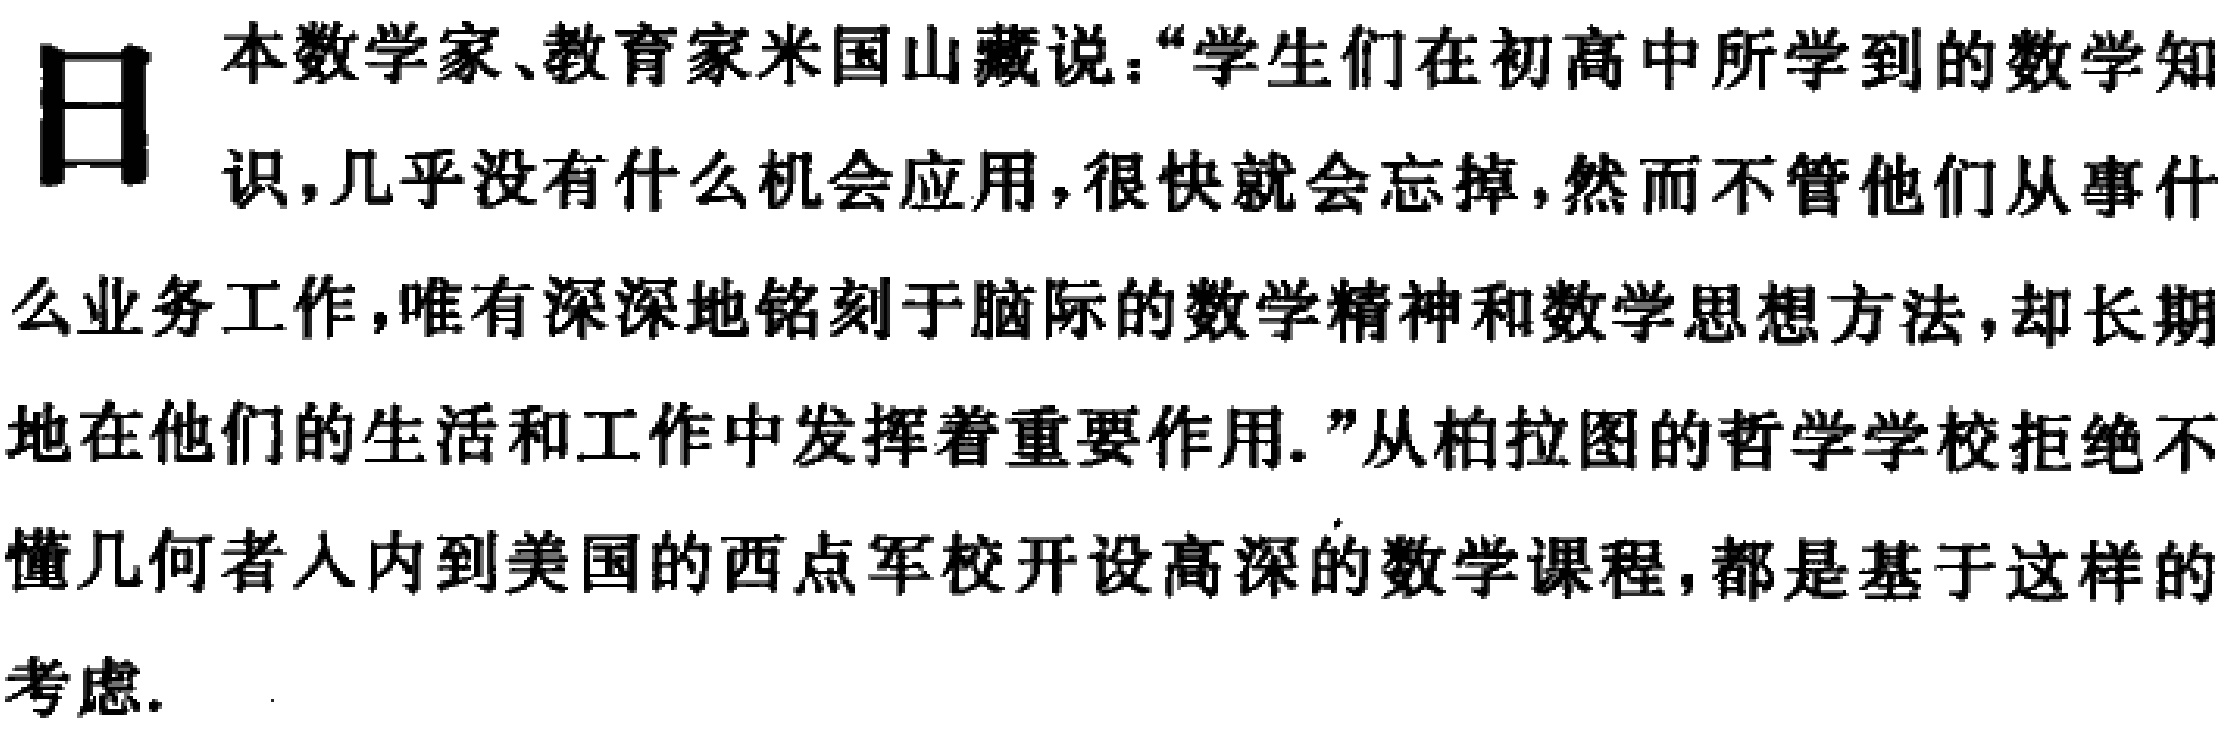
日本数学家、教育家米国山藏说：“学生们在初高中所学到的数学知识，几乎没有什么机会应用，很快就会忘掉，然而不管他们从事什么业务工作，唯有深深地铭刻于脑际的数学精神和数学思想方法，却长期地在他们的生活和工作中发挥着重要作用.”从柏拉图的哲学学校拒绝不懂几何者入内到美国的西点军校开设高深的数学课程，都是基于这样的考虑.